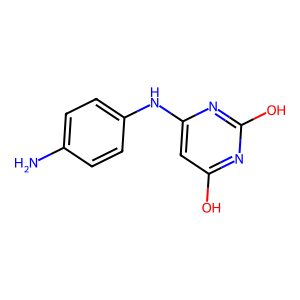
SMILES: Nc1ccc(Nc2cc(O)nc(O)n2)cc1
Inhibits HIV replication: No